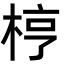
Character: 梈